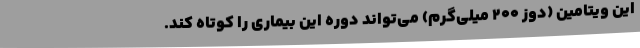
این ویتامین (دوز ۲۰۰ میلی‌گرم) می‌تواند دوره این بیماری را کوتاه کند.